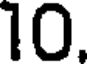
10.